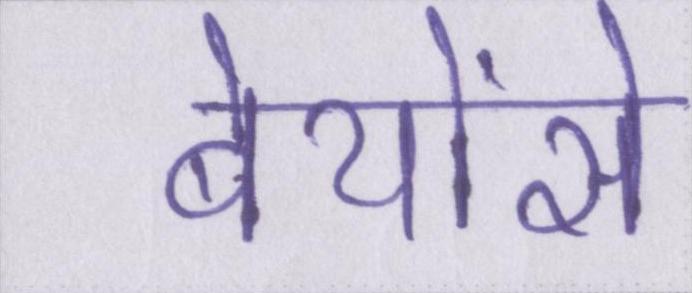
बेयोंसे